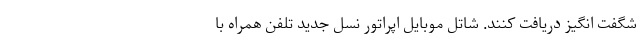
شگفت انگیز دریافت کنند. شاتل موبایل اپراتور نسل جدید تلفن همراه با